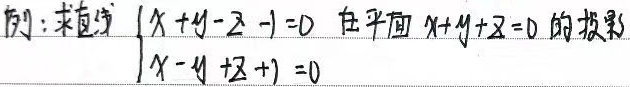
例：求直线\(\begin{cases}x + y - z - 1 = 0 \\x - y + z + 1 = 0\end{cases}\)在平面\(x + y + z = 0\)的投影。